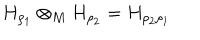
H _ { \rho _ { 1 } } \otimes _ { M } H _ { \rho _ { 2 } } = H _ { \rho _ { 2 } \rho _ { 1 } }